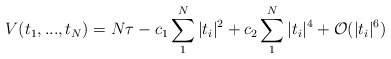
\begin{align*}V(t_1,..., t_N) = N\tau - c_1 \sum_1^N |t_i|^2 +c_2 \sum_1^N |t_i|^4 + {\cal{O}}(|t_i|^6)\end{align*}